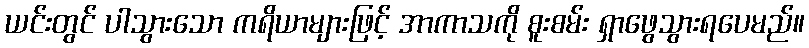
ယင်းတွင် ပါသွားသော ကရိယာများဖြင့် အာကာသကို စူးစမ်း ရှာဖွေသွားရပေမည်။